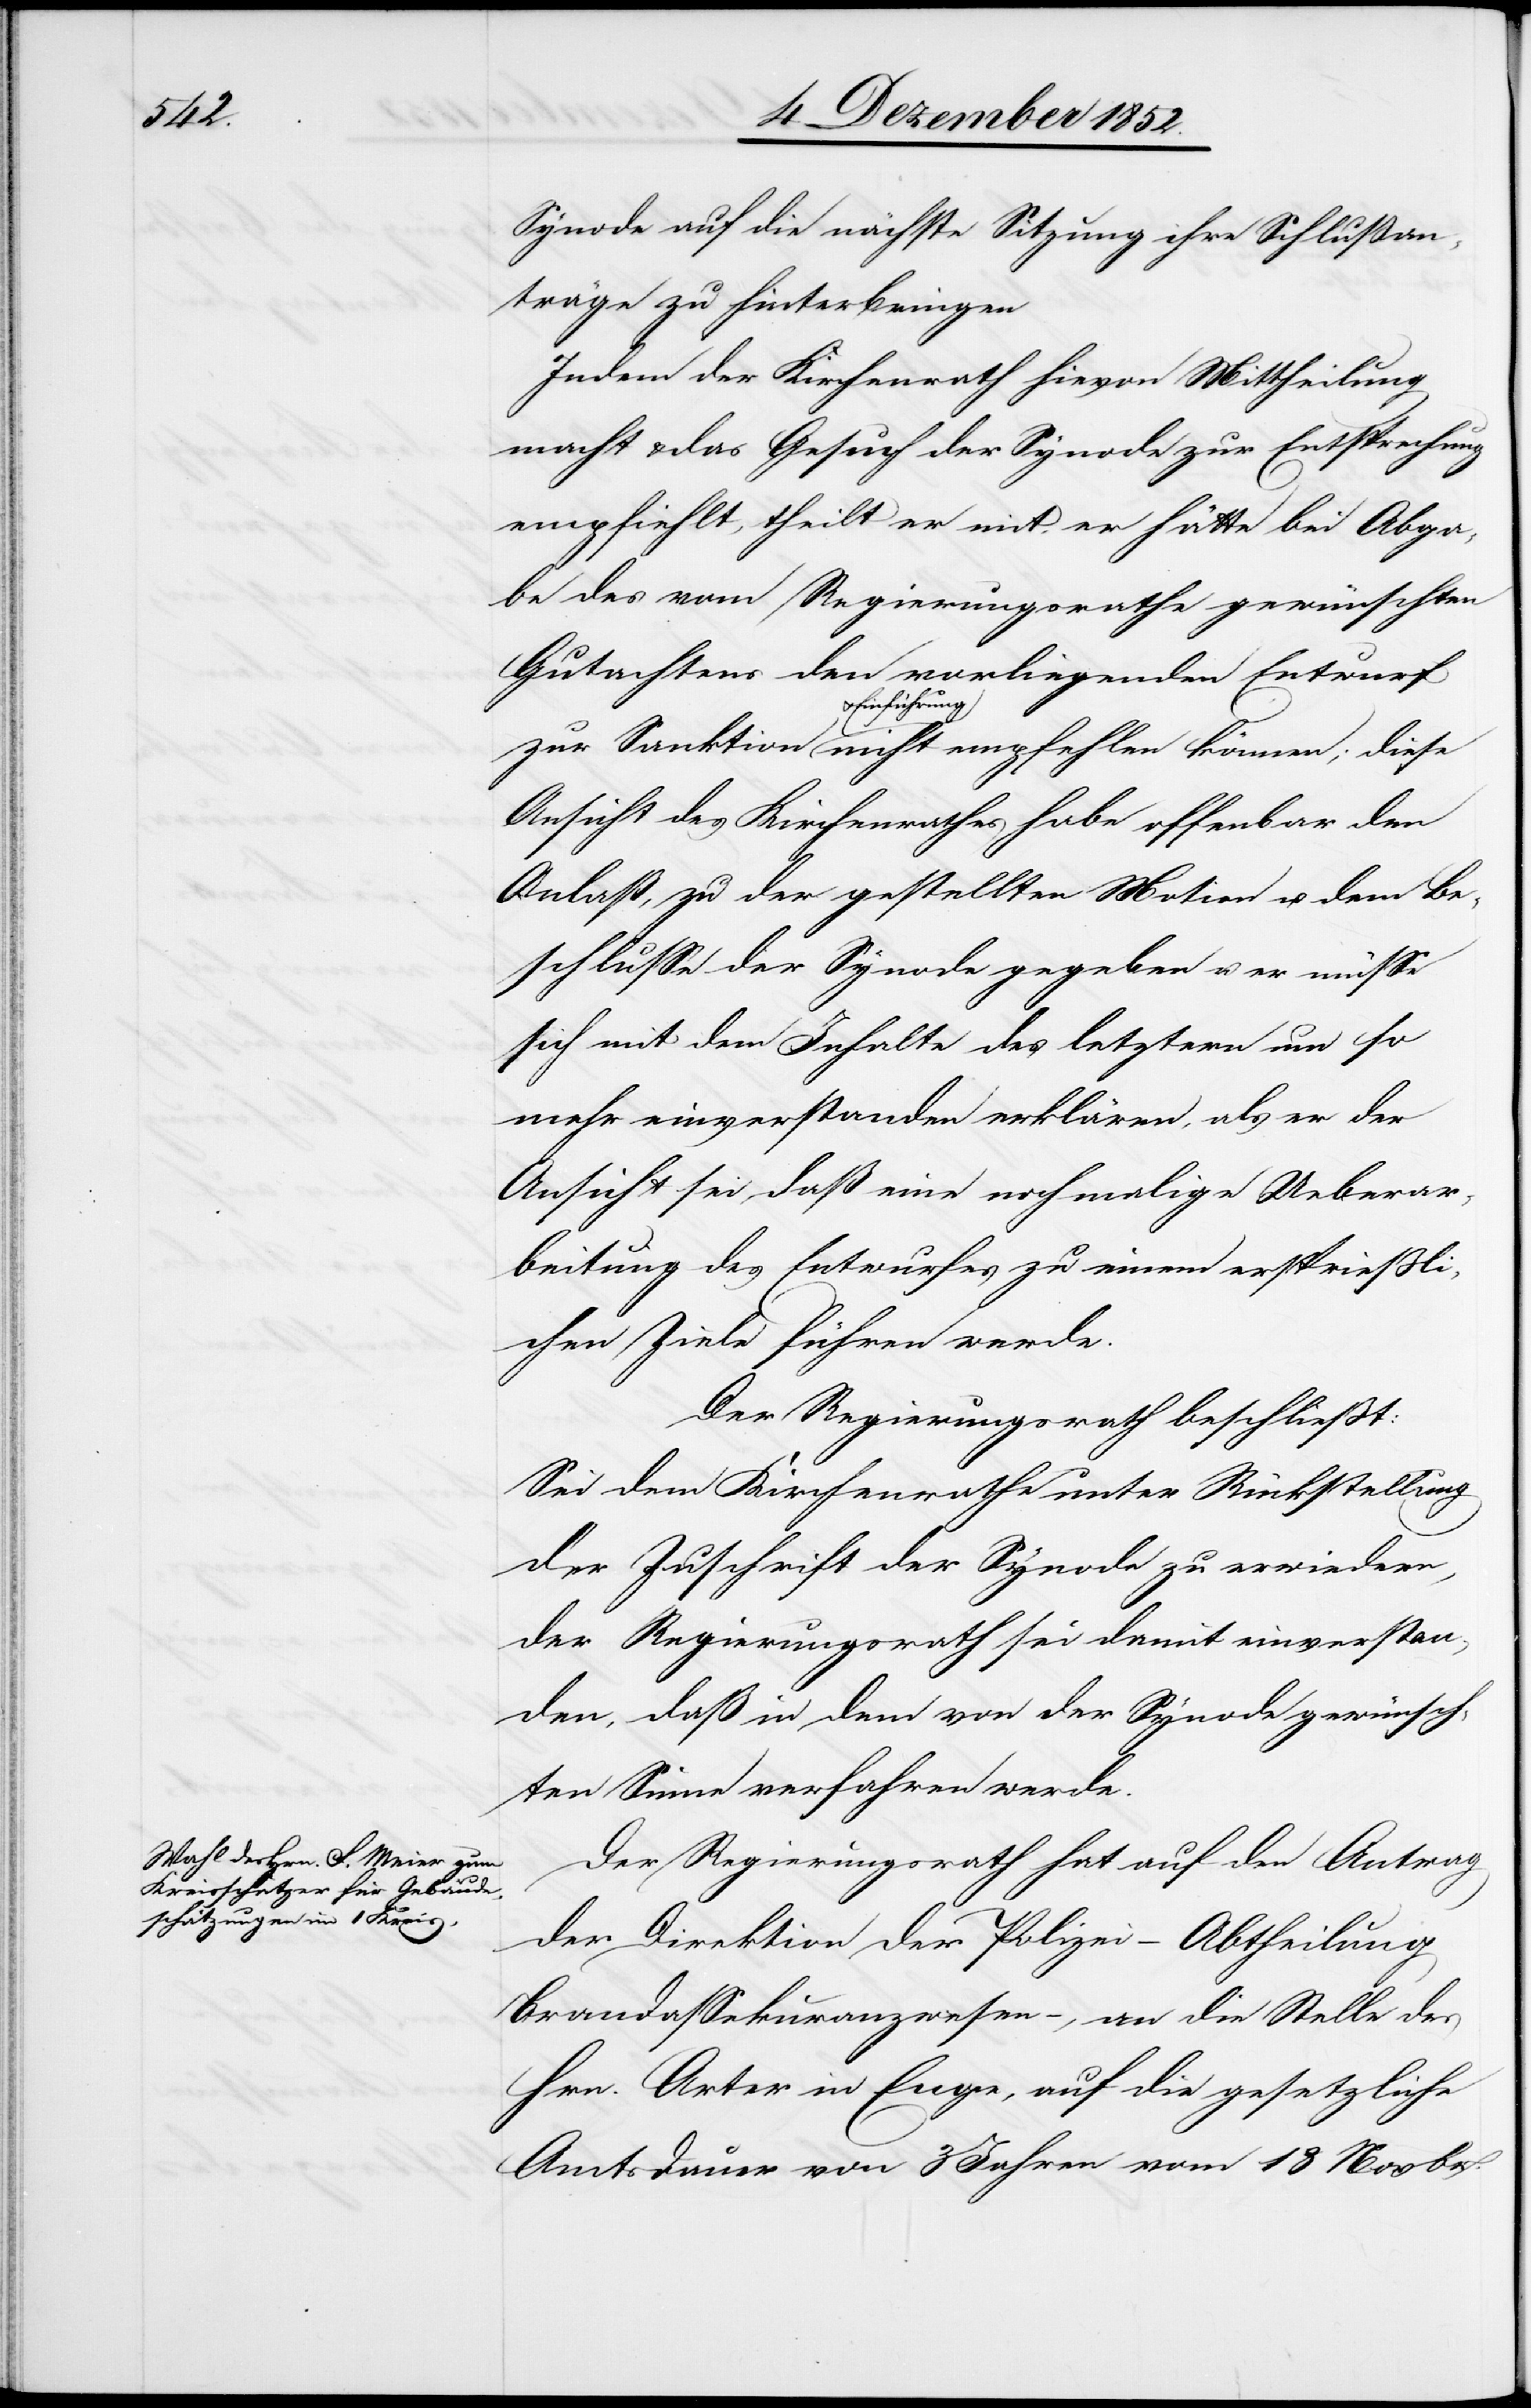
diese

Synode auf die nächste Sitzung ihre Schlußan¬
träge zu hinterbringen
Indem der Kirchenrath hievon Mittheilung
macht & das Gesuch der Synode zur Entsprechung
empfiehlt, theilt er mit, er hätte bei Abga¬
be des vom Regierungsrathe gewünschten
Gutachtens den vorliegenden Entwurf
Einführung
Ansicht des Kirchenrathes habe offenbar den
Anlaß, zu der gestellten Motion u. dem Be¬
schlusse der Synode gegeben u. er müsse
sich mit dem Inhalte des letztern um so
mehr einverstanden erklären, als er der
Ansicht sei, daß eine nochmalige Ueberar¬
beitung des Entwurfes zu einem ersprießli¬
chen Ziele führen werde.
Der Regierungsrath beschließt:
Sei dem Kirchenrathe unter Rückstellung
der Zuschrift der Synode zu erwiedern,
der Regierungsrath sei damit einverstan¬
den, daß in dem von der Synode gewünsch¬
ten Sinne verfahren werde.
Der Regierungsrath hat auf den Antrag
der Direktion der Polizei – Abtheilung
Brandassekuranzwesen –, an die Stelle des
Hrn. Arter in Enge, auf die gesetzliche
Amtsdauer von 3 Jahren vom 13 Novbr.